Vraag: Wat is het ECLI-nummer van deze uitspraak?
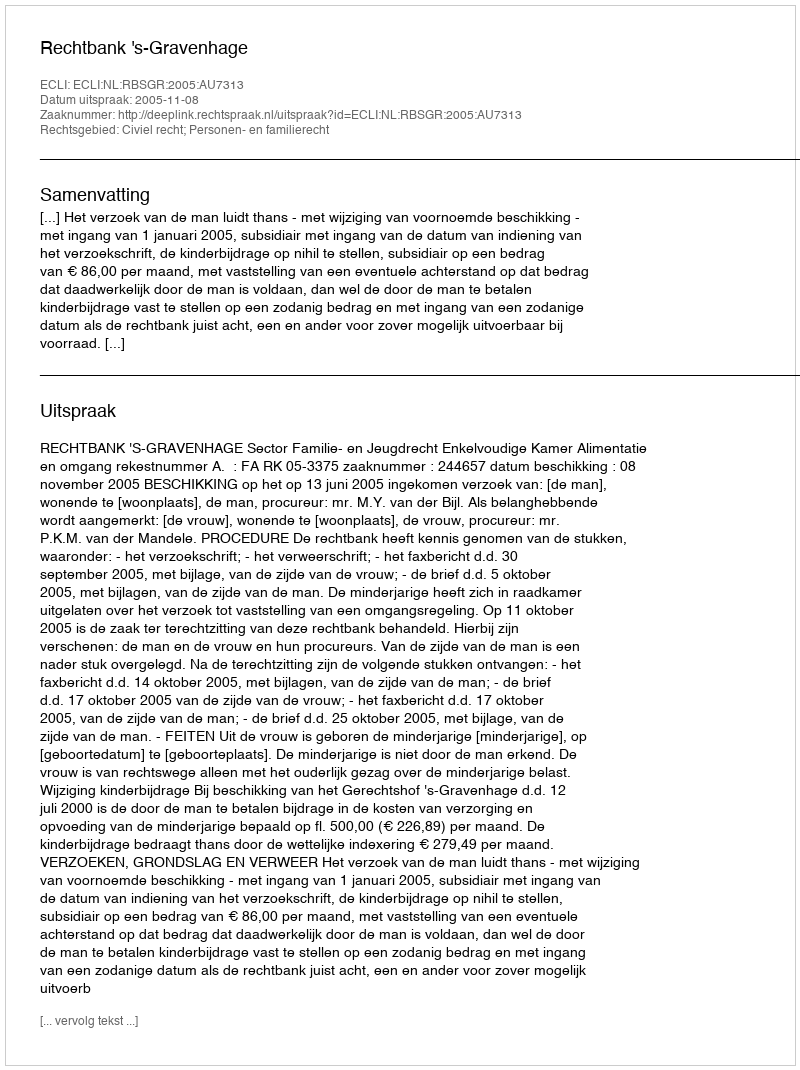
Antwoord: ECLI:NL:RBSGR:2005:AU7313